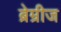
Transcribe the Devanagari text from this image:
ब्रेम्रीज